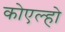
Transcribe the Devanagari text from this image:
कोएल्हो